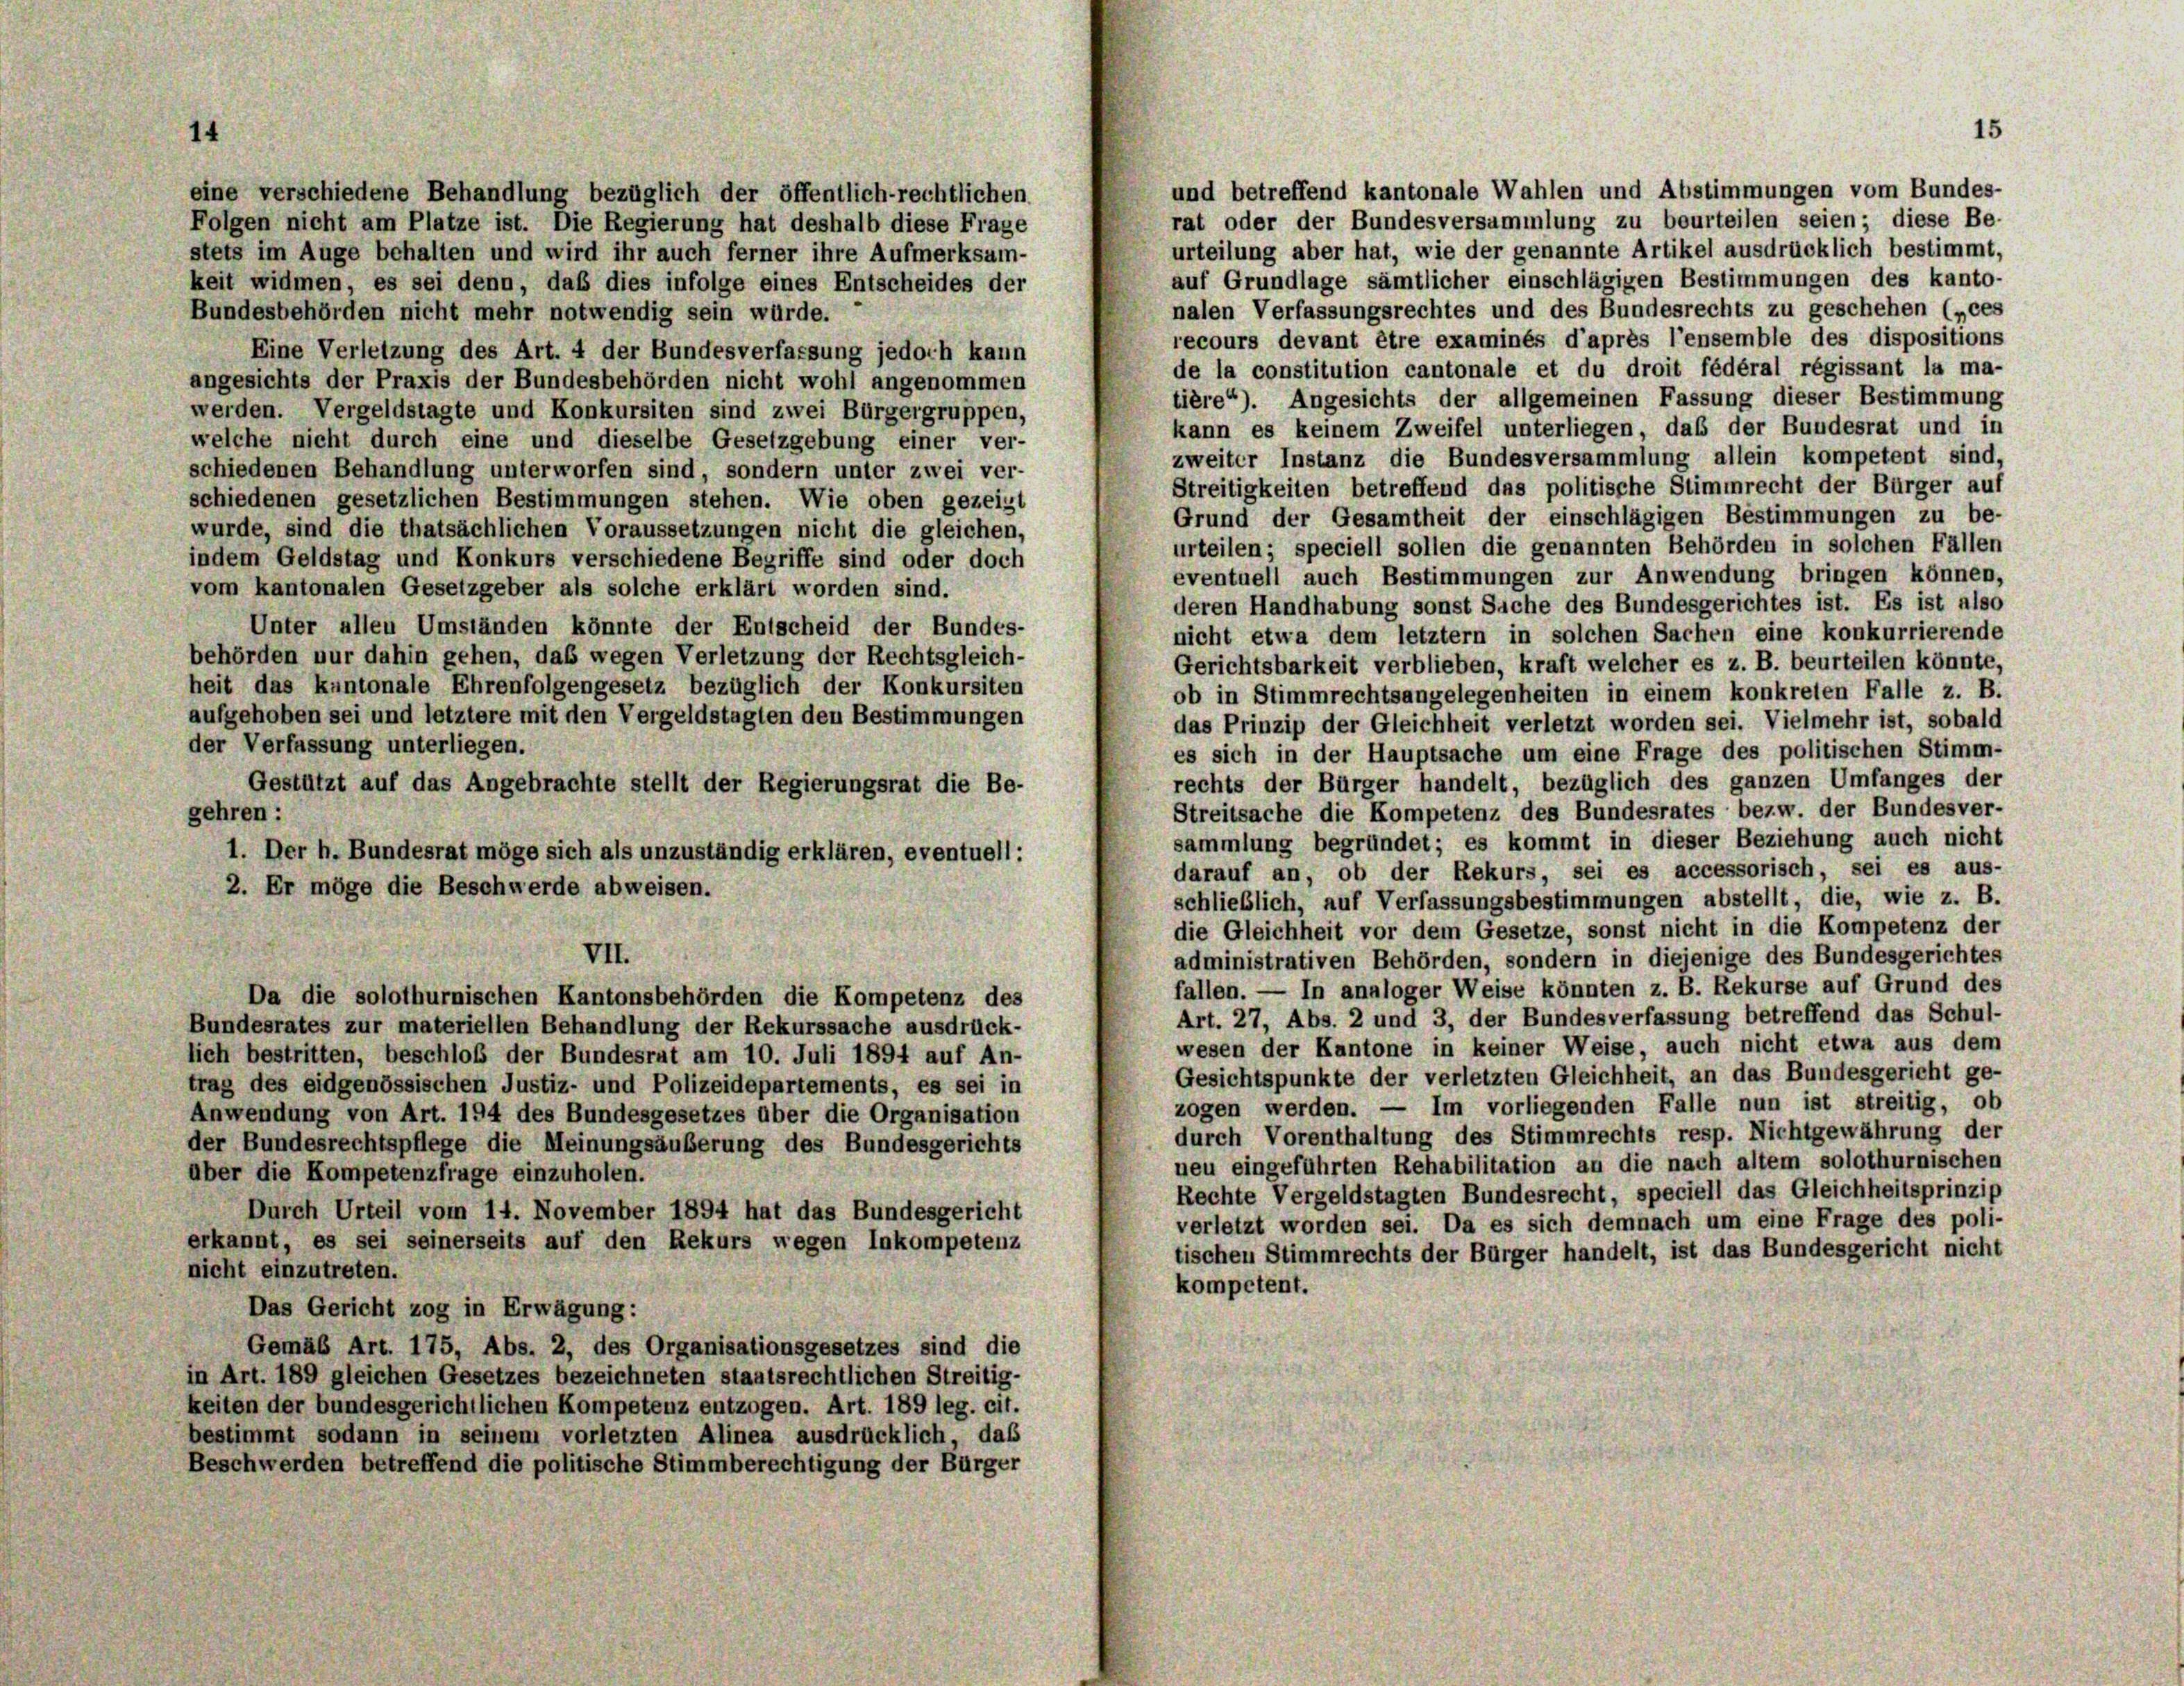
14

eine verschiedene Behandlung bezüglich der öffentlich-rechtlichen
Folgen nicht am Platze ist. Die Regierung hat deshalb diese Frage
stets im Auge behalten und wird ihr auch ferner ihre Aufmerksam-
keit widmen, es sei denn, daß dies infolge eines Entscheides der
Bundesbehörden nicht mehr notwendig sein würde.
Eine Verletzung des Art. 4 der Bundesverfassung jedoch kann
angesichts der Praxis der Bundesbehörden nicht wohl angenommen
werden. Vergeldstagte und Konkursiten sind zwei Bürgergruppen,
welche nicht durch eine und dieselbe Gesetzgebung einer ver-
schiedenen Behandlung unterworfen sind, sondern unter zwei ver-
schiedenen gesetzlichen Bestimmungen stehen. Wie oben gezeigt
wurde, sind die thatsächlichen Voraussetzungen nicht die gleichen,
indem Geldstag und Konkurs verschiedene Begriffe sind oder doch
vom kantonalen Gesetzgeber als solche erklärt worden sind.
Unter allen Umständen könnte der Entscheid der Bundes-
behörden nur dahin gehen, das wegen Verletzung der Rechtsgleich-
heit das kantonale Ehrenfolgengesetz bezüglich der Konkursiten
aufgehoben sei und letztere mit den Vergeldstagten den Bestimmungen
der Verfassung unterliegen.
Gestützt auf das Angebrachte stellt der Regierungsrat die Be-
gehren:
1. Der h. Bundesrat möge sich als unzuständig erklären, eventuell:
2. Er möge die Beschwerde abweisen.
VII.
Da die solothurnischen Kantonsbehörden die Kompetenz des
Bundesrates zur materiellen Behandlung der Rekurssache ausdrück-
lich bestritten, beschloß der Bundesrat am 10. Juli 1894 auf An-
trag des eidgenössischen Justiz- und Polizeidepartements, es sei in
Anwendung von Art. 194 des Bundesgesetzes über die Organisation
der Bundesrechtspflege die Meinungsäußerung des Bundesgerichts
über die Kompetenzfrage einzuholen.
Durch Urteil vom 14. November 1894 hat das Bundesgericht
erkannt, es sei seinerseits auf den Rekurs wegen Inkompetenz
nicht einzutreten.
Das Gericht zog in Erwägung:
Gemäß Art. 175, Abs. 2, des Organisationsgesetzes sind die
in Art. 189 gleichen Gesetzes bezeichneten staatsrechtlichen Streitig-
keiten der bundesgerichtlichen Kompetenz entzogen. Art. 189 leg. cit.
bestimmt sodann in seinem vorletzten Alinea ausdrücklich, das
Beschwerden betreffend die politische Stimmberechtigung der Bürger

15

und betreffend kantonale Wahlen und Abstimmungen vom Bundes-
rat oder der Bundesversammlung zu beurteilen seien; diese Be-
urteilung aber hat, wie der genannte Artikel ausdrücklich bestimmt,
auf Grundlage sämtlicher einschlägigen Bestimmungen des kanto-
nalen Verfassungsrechtes und des Bundesrechts zu geschehen („ces
recours devant être examinés d’après l’ensemble des dispositions
de la constitution cantonale et du droit fédéral régissant la ma-
tière“). Angesichts der allgemeinen Fassung dieser Bestimmung
kann es keinem Zweifel unterliegen, das der Bundesrat und in
zweiter Instanz die Bundesversammlung allein kompetent sind,
Streitigkeiten betreffend das politische Stimmrecht der Bürger auf
Grund der Gesamtheit der einschlägigen Bestimmungen zu be-
urteilen; speciell sollen die genannten Behörden in solchen Fällen
eventuell auch Bestimmungen zur Anwendung bringen können,
deren Handhabung sonst Sache des Bundesgerichtes ist. Es ist also
nicht etwa dem letztem in solchen Sachen eine konkurrierende
Gerichtsbarkeit verblieben, kraft welcher es z. B. beurteilen könnte,
ob in Stimmrechtsangelegenheiten in einem konkreten Falle z. B.
das Prinzip der Gleichheit verletzt worden sei. Vielmehr ist, sobald
es sich in der Hauptsache um eine Frage des politischen Stimm-
rechts der Bürger handelt, bezüglich des ganzen Umfanges der
Streitsache die Kompetenz des Bundesrates bezw. der Bundesver-
sammlung begründet; es kommt in dieser Beziehung auch nicht
darauf an, ob der Rekurs, sei es accessorisch, sei es aus-
schließlich, auf Verfassungsbestimmungen abstellt, die, wie z. B.
die Gleichheit vor dem Gesetze, sonst nicht in die Kompetenz der
administrativen Behörden, sondern in diejenige des Bundesgerichtes
fallen. — In analoger Weise könnten z. B. Rekurse auf Grund des
Art. 27, Abs. 2 und 3, der Bundesverfassung betreffend das Schul-
wesen der Kantone in keiner Weise, auch nicht etwa aus dem
Gesichtspunkte der verletzten Gleichheit, an das Bundesgericht ge-
zogen werden. — Im vorliegenden Falle nun ist streitig, ob
durch Vorenthaltung des Stimmrechts resp. Nichtgewährung der
neu eingeführten Rehabilitation an die nach altem solothurnischen
Rechte Vergeldstagten Bundesrecht, speciell das Gleichheitsprinzip
verletzt worden sei. Da es sich demnach um eine Frage des poli-
tischen Stimmrechts der Bürger handelt, ist das Bundesgericht nicht
kompetent.